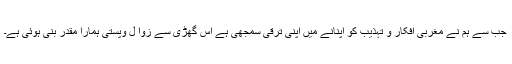
جب سے ہم نے مغربی افکار و تہذیب کو اپنانے میں اپنی ترقی سمجھی ہے اس گھڑی سے زوا ل وپستی ہمارا مقدر بنی ہوئی ہے۔